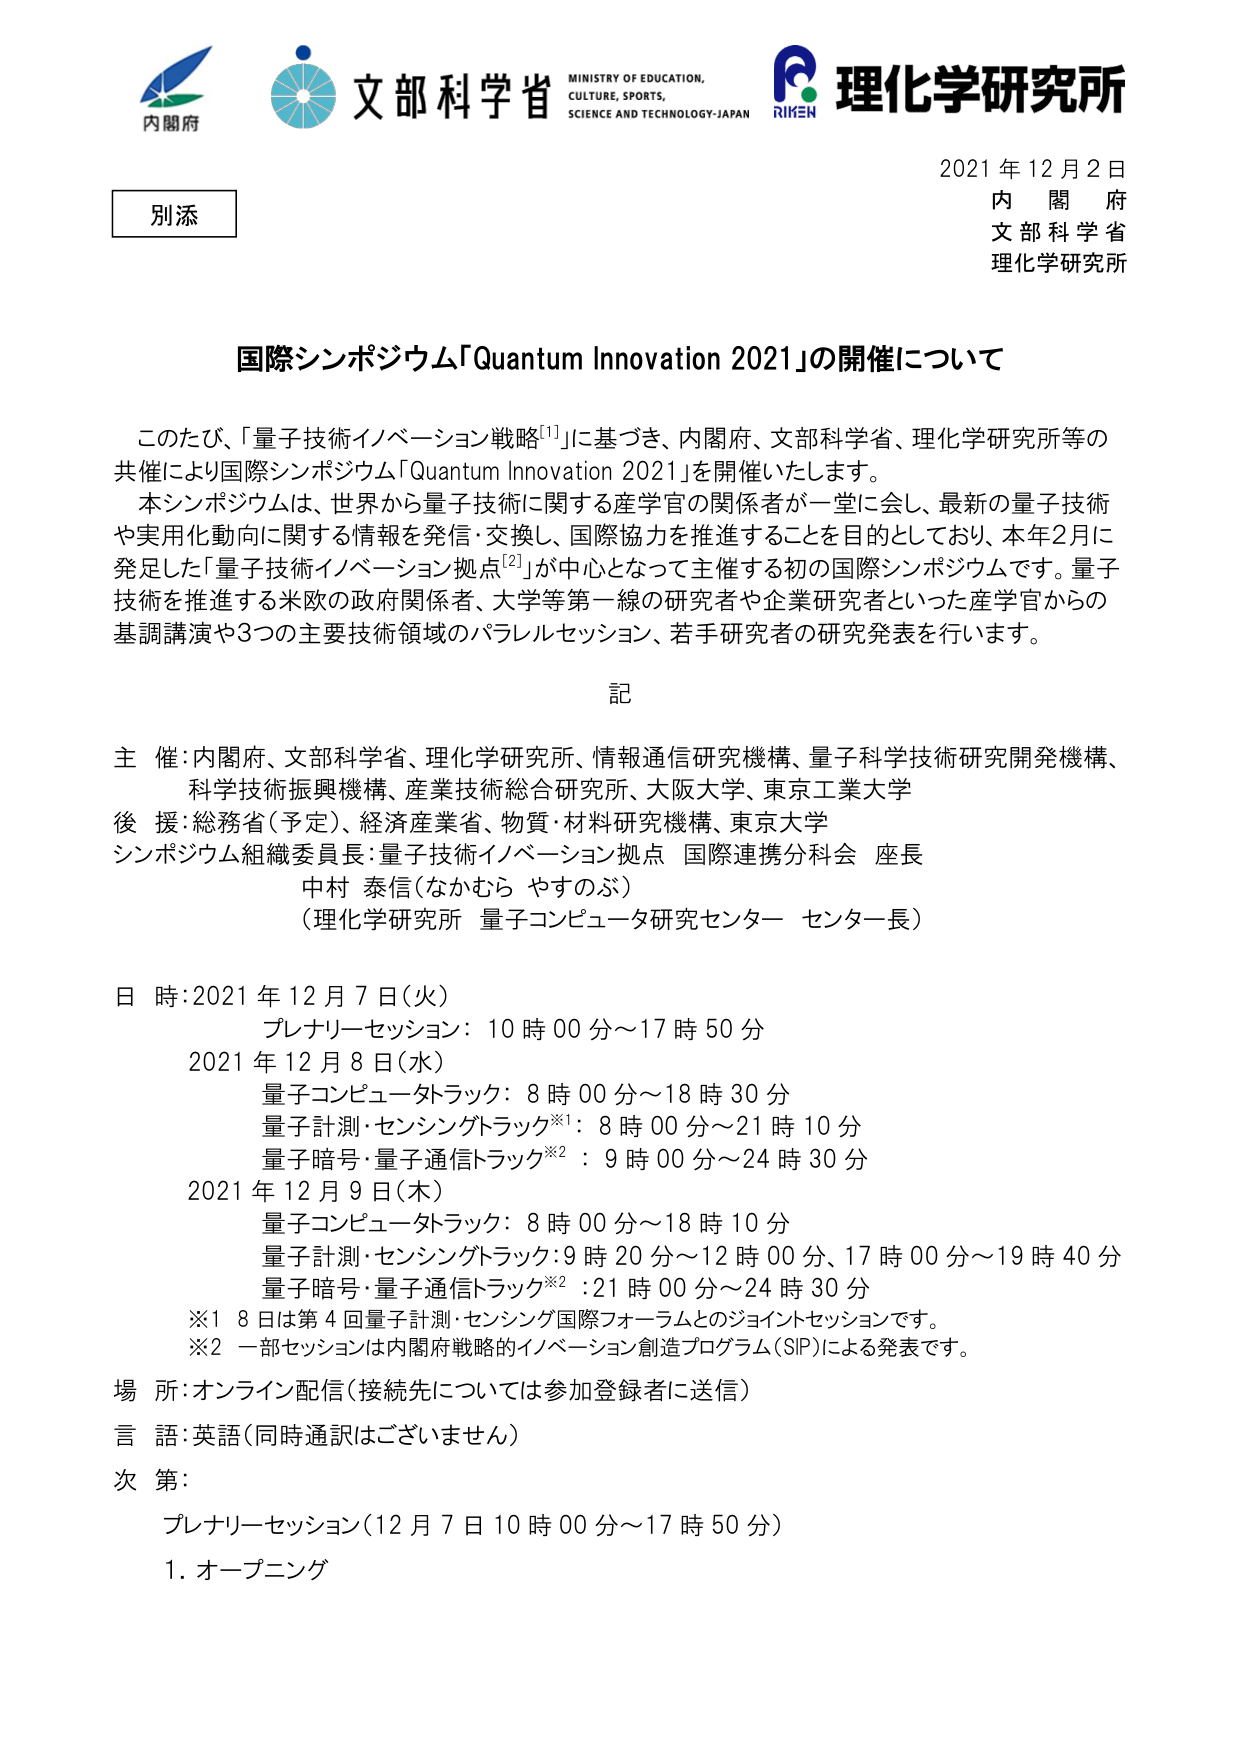
内閣府
文部科学省
MINISTRY OF EDUCATION,
CULTURE, SPORTS,
SCIENCE AND TECHNOLOGY-JAPAN
RIKEN
理化学研究所

別添

2021年12月2日
内閣府
文部科学省
理化学研究所

国際シンポジウム「Quantum Innovation 2021」の開催について

このたび、「量子技術イノベーション戦略[1]」に基づき、内閣府、文部科学省、理化学研究所等の共催により国際シンポジウム「Quantum Innovation 2021」を開催いたします。
本シンポジウムは、世界から量子技術に関する産学官の関係者が一堂に会し、最新の量子技術や実用化動向に関する情報を発信・交換し、国際協力を推進することを目的としており、本年2月に発足した「量子技術イノベーション拠点[2]」が中心となって主催する初の国際シンポジウムです。量子技術を推進する米欧の政府関係者、大学等第一線の研究者や企業研究者といった産学官からの基調講演や3つの主要技術領域のパラレルセッション、若手研究者の研究発表を行います。

記

主催：内閣府、文部科学省、理化学研究所、情報通信研究機構、量子科学技術研究開発機構、科学技術振興機構、産業技術総合研究所、大阪大学、東京工業大学
後援：総務省（予定）、経済産業省、物質・材料研究機構、東京大学
シンポジウム組織委員長：量子技術イノベーション拠点 国際連携分科会 座長
中村 泰信（なかむら やすのぶ）
（理化学研究所 量子コンピュータ研究センター センター長）

日時：2021年12月7日（火）
プレナリーセッション：10時00分～17時50分
2021年12月8日（水）
量子コンピュータトラック：8時00分～18時30分
量子計測・センシングトラック※1：8時00分～21時10分
量子暗号・量子通信トラック※2：9時00分～24時30分
2021年12月9日（木）
量子コンピュータトラック：8時00分～18時10分
量子計測・センシングトラック：9時20分～12時00分、17時00分～19時40分
量子暗号・量子通信トラック※2：21時00分～24時30分
※1 8日は第4回量子計測・センシング国際フォーラムとのジョイントセッションです。
※2 一部セッションは内閣府戦略的イノベーション創造プログラム（SIP）による発表です。

場所：オンライン配信（接続先については参加登録者に送信）
言語：英語（同時通訳はございません）
次第：
プレナリーセッション（12月7日10時00分～17時50分）
1. オープニング